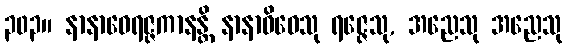
၃၀၃။ နာနာဝေရဇ္ဇကာနန္တိ နာနာဝိဓေသု ရဇ္ဇေသု, အညေသု အညေသု